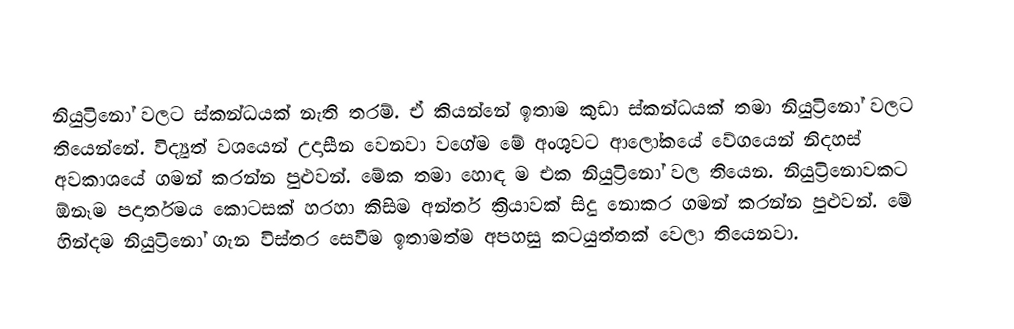
නියුට්‍රිනෝ වලට ස්කන්ධයක් නැති තරම්. ඒ කියන්නේ ඉතාම කුඩා ස්කන්ධයක් තමා නියුට්‍රිනෝ වලට තියෙන්නේ. විද්‍යුත් වශයෙන් උදාසීන වෙනවා වගේම මේ අංශුවට ආලෝකයේ වේගයෙන් නිදහස් අවකාශයේ  ගමන් කරන්න පුළුවන්. මේක තමා හොඳ ම එක නියුට්‍රිනෝ වල තියෙන. නියුට්‍රිනොවකට ඕනෑම පදාර්තමය කොටසක් හරහා කිසිම අන්තර් ක්‍රියාවක් සිදු නොකර ගමන් කරන්න පුළුවන්. මේ හින්දම නියුට්‍රිනෝ ගැන විස්තර සෙවීම ඉතාමත්ම අපහසු කටයුත්තක් වෙලා තියෙනවා.